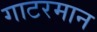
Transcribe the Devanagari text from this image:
गाटरमान